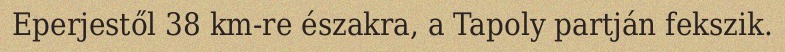
Eperjestől 38 km-re északra, a Tapoly partján fekszik.